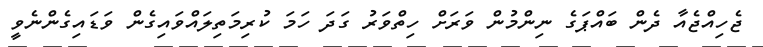
ޖެހިއްޖެއާ ދެން ބައްޕަގެ ނިންމުން ވަރަށް ހިތްވަރު ގަދަ ހަމަ ކުރިމަތިލައްވައިގެން ވަޑައިގެންނެވީ